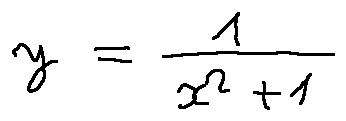
y = \frac { 1 } { x ^ { 2 } + 1 }